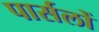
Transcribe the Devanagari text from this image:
पार्सलों